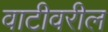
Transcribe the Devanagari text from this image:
वाटीवरील